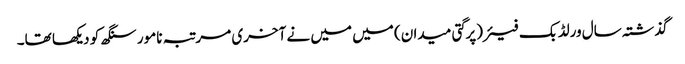
گذشتہ سال ورلڈ بک فیئر(پرگتی میدان) میں میں نے آخری مرتبہ نامور سنگھ کو دیکھا تھا۔